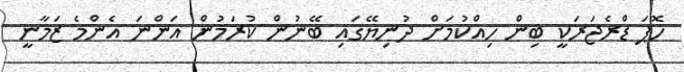
ހޮޕަ ޑްރެޖަރަކީ ބިން ހިއްކުމަށް ދުނިޔޭގައި ބޭނުން ކުރަމުން އަންނަ އެންމެ ޒަމާނީ